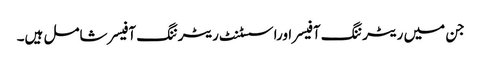
جن میں ریٹرننگ آفیسراوراسسٹنٹ ریٹرننگ آفیسر شامل ہیں۔